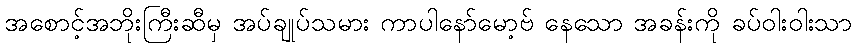
အစောင့်အဘိုးကြီးဆီမှ အပ်ချုပ်သမား ကာပါနော်မော့ဗ် နေသော အခန်းကို ခပ်ဝါးဝါးသာ